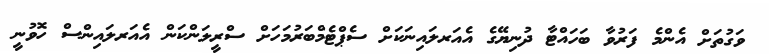
ވަގުތަށް އެންމެ ފަރުވާ ބަހައްޓާ ދުނިޔޭގެ އެއަރލައިނަކަށް ސެޕްޓެމްބަރުމަހަށް ސްރީލަންކަން އެއަރލައިންސް ހޮވުނީ